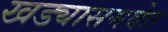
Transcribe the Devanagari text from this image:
खड्यासमवेत